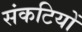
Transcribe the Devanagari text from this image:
संकटियों